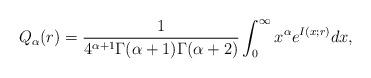
LaTeX: \begin{align*} Q_\alpha (r)= \frac{1}{4^{\alpha+1}\Gamma(\alpha+1)\Gamma(\alpha+2)}\int_0^\infty x^\alpha e^{I(x;r)} dx,\end{align*}